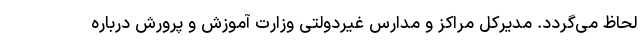
لحاظ می‌گردد. مدیرکل مراکز و مدارس غیردولتی وزارت آموزش و پرورش درباره